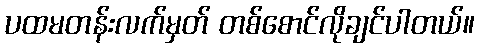
ပထမတန်းလက်မှတ် တစ်စောင်လိုချင်ပါတယ်။